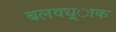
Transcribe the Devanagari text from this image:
बलवध्र्ाक